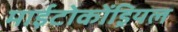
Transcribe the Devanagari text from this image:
माईटोकोंड्रियल